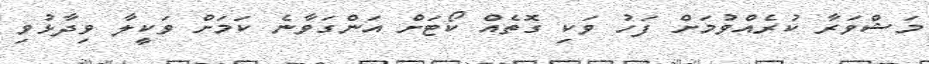
މަޝްވަރާ ކުރެއްވުމަށް ފަހު ވަކި ގޮތެއް ކޯޓަށް އަންގަވާނެ ކަމަށް ވަކީލާ ވިދާޅުވި